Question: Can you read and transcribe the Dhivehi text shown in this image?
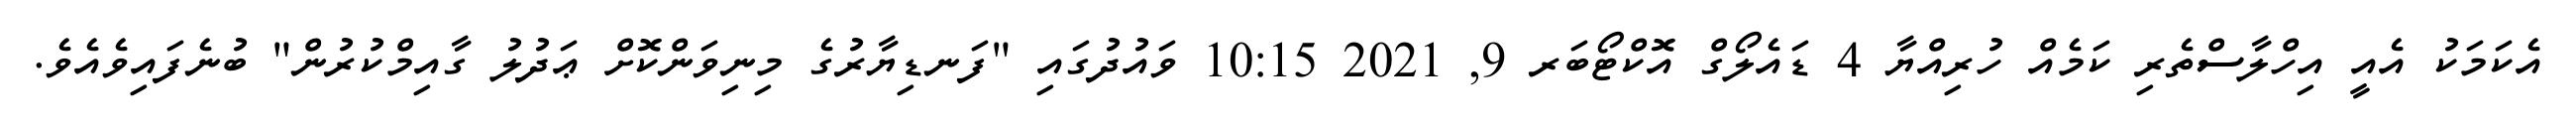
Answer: އެކަމަކު އެއީ އިހްލާސްތެރި ކަމެއް ހުރިއްޔާ 4 ޑައެލޯގް އޮކްޓޯބަރ 9, 2021 10:15 ވައުދުގައި "ފަނޑިޔާރުގެ މިނިވަންކޮށް ޢަދުލު ގާއިމްކުރުން" ބުނެފައިވެއެވެ.